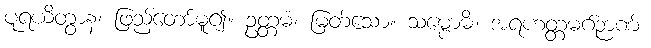
ပူရယိတွာန၊ ဖြည့်တော်မူ၍။ ဥတ္တမံ၊ မြတ်သော။ သမ္ဗောဓိံ၊ အရဟတ္တမဂ်ဉာဏ်